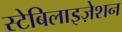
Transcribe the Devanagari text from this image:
स्टेबिलाइज़ेशन